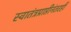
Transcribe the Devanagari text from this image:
स्वातंत्रप्राप्तीनंतरही